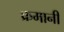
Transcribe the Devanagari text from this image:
क्रमानी